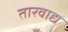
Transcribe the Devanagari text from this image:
तारवाद्य